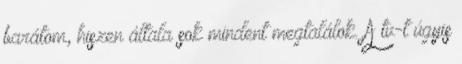
barátom, hiszen általa sok mindent megtalálok. A tv-t úgyis